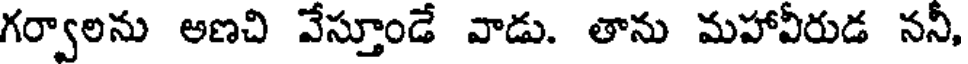
గర్వాలను అణచి వేస్తూండే వాడు. తాను మహావీరుడ ననీ,